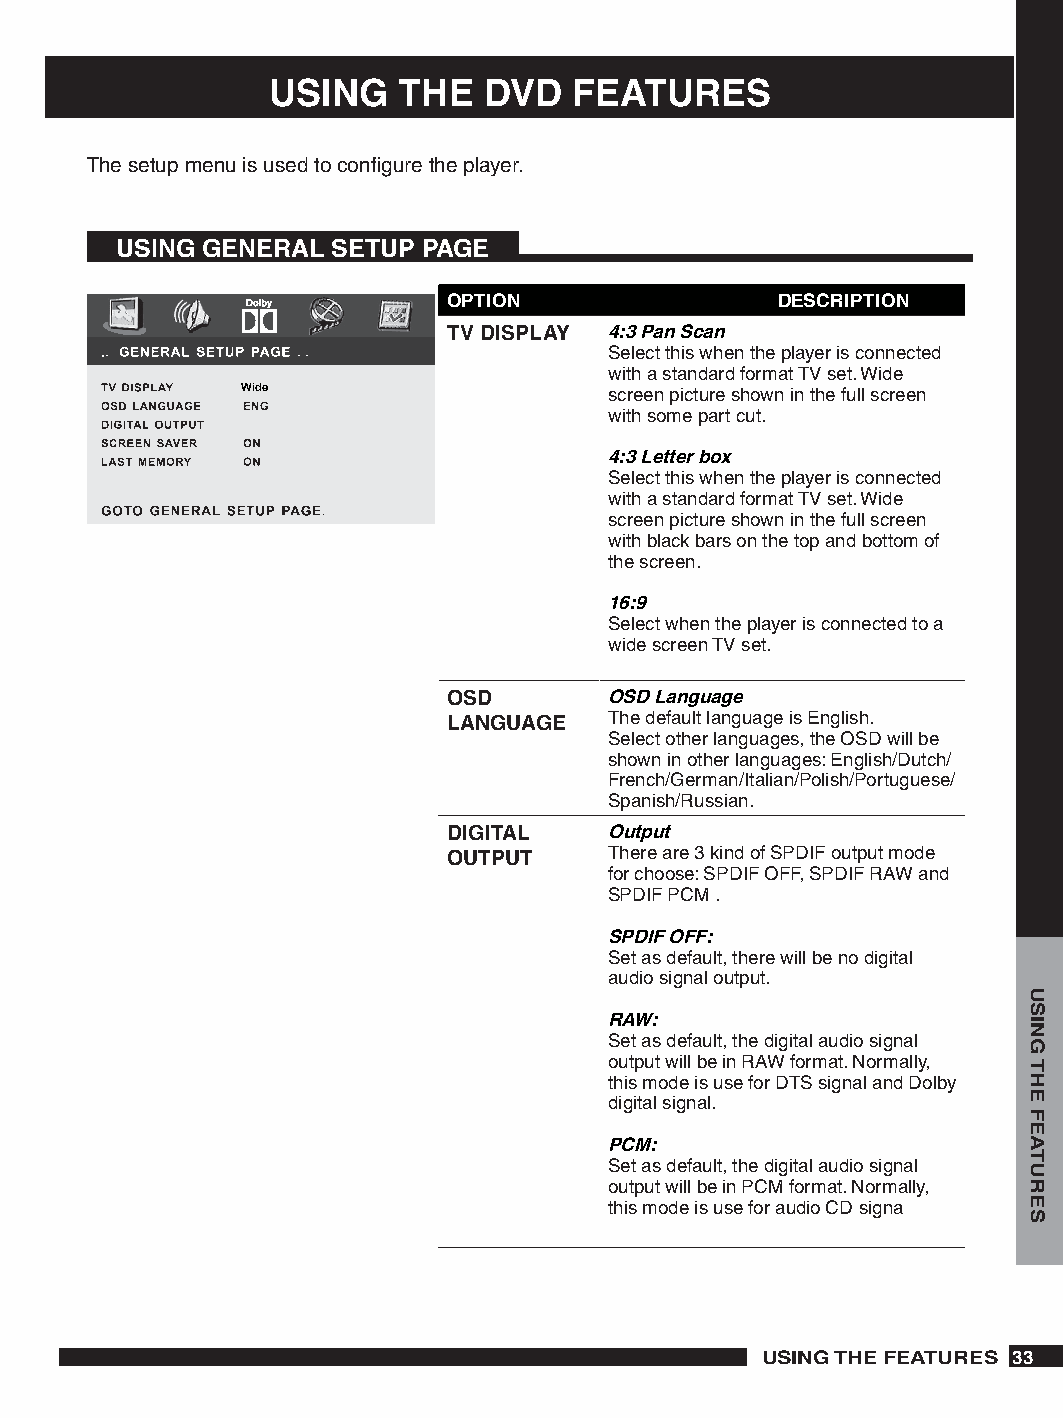
USING   THE   DVD   FEATURES
 The setup menu is used to configure the player.
 USING GENERAL SETUP PAGE
 OPTION                DESCRIPTION
 TV DISPLAY : Pan Scan
 Select this when the player is connected
 with a standard format TV set. Wide
 Wide                    screen picture shown in the full screen
 with some part cut.
 : Letter box
 Select this when the player is connected
 with a standard format TV set. Wide
 screen picture shown in the full screen
 with black bars on the top and bottom of
 the screen.
 6:
 Select when the player is connected to a
 wide screen TV set.
 OSD       OSD Language
 LANGUAGE  The default language is English.
 Select other languages, the OSD will be
 shown in other languages: English/Dutch/
 French/German/Italian/Polish/Portuguese/
 Spanish/Russian.
 DIGITAL   Output
 OUTPUT    There are 3 kind of SPDIF output mode
 for choose: SPDIF OFF, SPDIF RAW and
 SPDIF PCM .
 SPDIF OFF:
 Set as default, there will be no digital
 audio signal output.
 RAW:
 Set as default, the digital audio signal
 output will be in RAW format. Normally,
 this mode is use for DTS signal and Dolby
 digital signal.
 PCM:
 Set as default, the digital audio signal
 output will be in PCM format. Normally,
 this mode is use for audio CD signa
 USING THE FEATURES 
 USING
 THE
 FEATURES